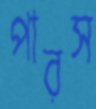
পারস